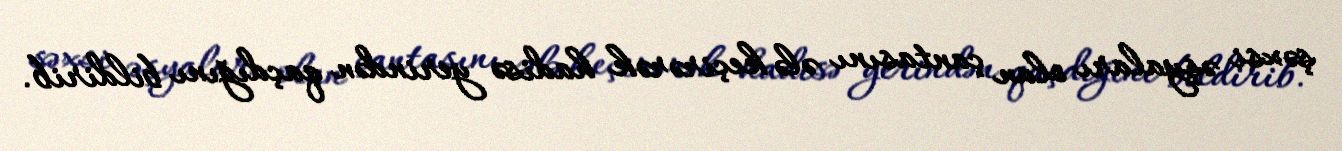
şəxsi əşyaları olan çantasını ələ keçirərək hadisə yerindən qaçdığını bildirib.